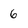
Character: 6